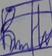
Signature authenticity: genuine